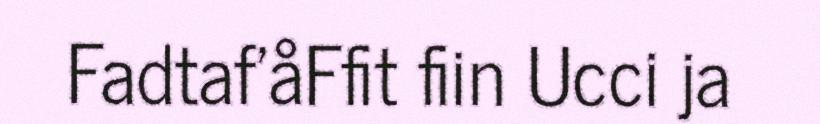
Fadtaf'åFfit fiin Ucci ja